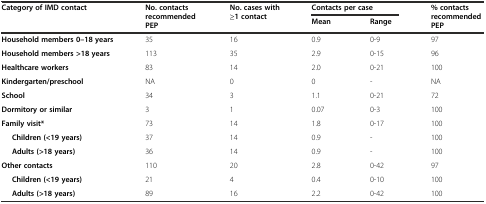
<table><thead><tr><td rowspan="2"><b>Category of IMD contact</b></td><td rowspan="2"><b>No. contacts recommended PEP</b></td><td rowspan="2"><b>No. cases with ≥1 contact</b></td><td colspan="2"><b>Contacts per case</b></td><td rowspan="2"><b>% contacts recommended PEP</b></td></tr><tr><td><b>Mean</b></td><td><b>Range</b></td></tr></thead><tbody><tr><td><b>Household members 0–18 years</b></td><td>35</td><td>16</td><td>0.9</td><td>0-9</td><td>97</td></tr><tr><td><b>Household members &gt;18 years</b></td><td>113</td><td>35</td><td>2.9</td><td>0-15</td><td>96</td></tr><tr><td><b>Healthcare workers</b></td><td>83</td><td>14</td><td>2.0</td><td>0-21</td><td>100</td></tr><tr><td><b>Kindergarten/preschool</b></td><td>NA</td><td>0</td><td>0</td><td>-</td><td>NA</td></tr><tr><td><b>School</b></td><td>34</td><td>3</td><td>1.1</td><td>0-21</td><td>72</td></tr><tr><td><b>Dormitory or similar</b></td><td>3</td><td>1</td><td>0.07</td><td>0-3</td><td>100</td></tr><tr><td><b>Family visit*</b></td><td>73</td><td>14</td><td>1.8</td><td>0-17</td><td>100</td></tr><tr><td><b>Children (&lt;19 years)</b></td><td>37</td><td>14</td><td>0.9</td><td>-</td><td>100</td></tr><tr><td><b>Adults (&gt;18 years)</b></td><td>36</td><td>14</td><td>0.9</td><td>-</td><td>100</td></tr><tr><td><b>Other contacts</b></td><td>110</td><td>20</td><td>2.8</td><td>0-42</td><td>97</td></tr><tr><td><b>Children (&lt;19 years)</b></td><td>21</td><td>4</td><td>0.4</td><td>0-10</td><td>100</td></tr><tr><td><b>Adults (&gt;18 years)</b></td><td>89</td><td>16</td><td>2.2</td><td>0-42</td><td>100</td></tr></tbody></table>